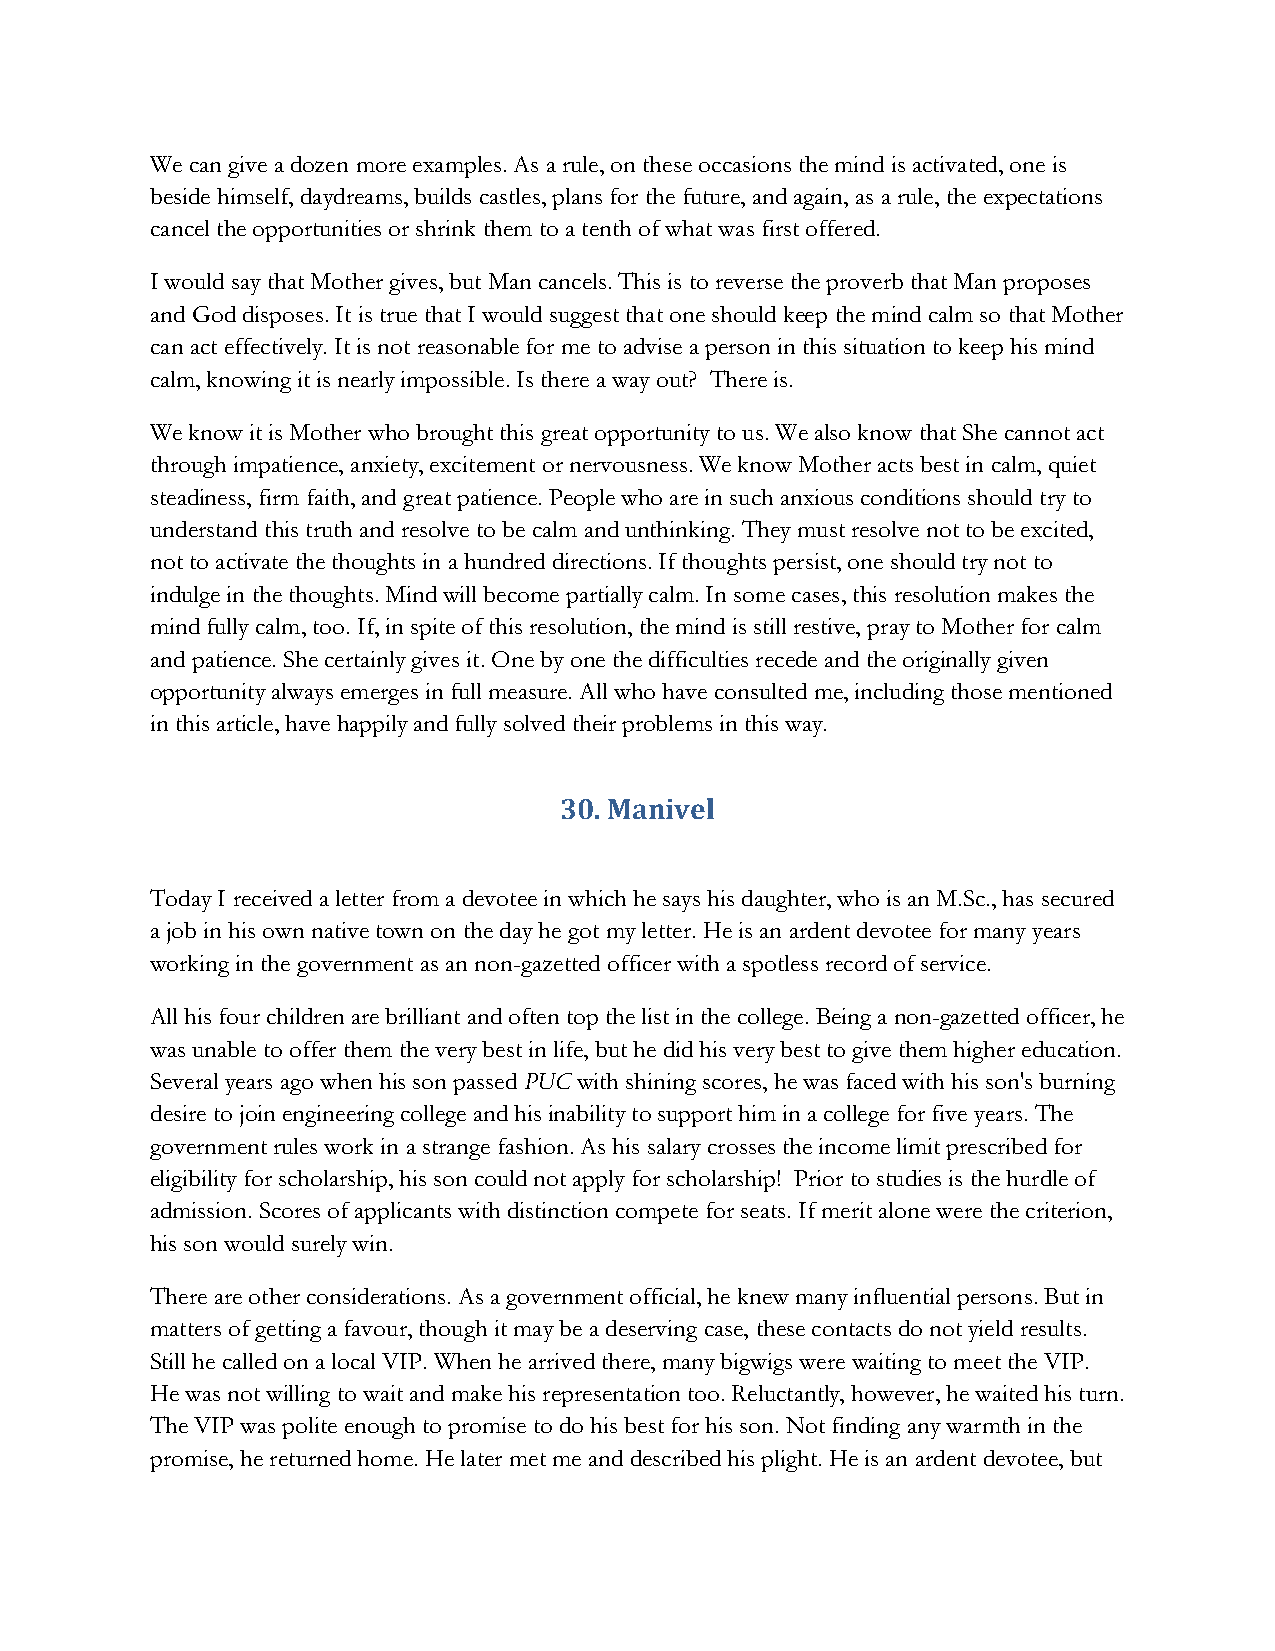
We can give a dozen more examples. As a rule, on these occasions the mind is activated, one is
 beside himself, daydreams, builds castles, plans for the future, and again, as a rule, the expectations
 cancel the opportunities or shrink them to a tenth of what was first offered.
 I would say that Mother gives, but Man cancels. This is to reverse the proverb that Man proposes
 and God disposes. It is true that I would suggest that one should keep the mind calm so that Mother
 can act effectively. It is not reasonable for me to advise a person in this situation to keep his mind
 calm, knowing it is nearly impossible. Is there a way out? There is.
 We know it is Mother who brought this great opportunity to us. We also know that She cannot act
 through impatience, anxiety, excitement or nervousness. We know Mother acts best in calm, quiet
 steadiness, firm faith, and great patience. People who are in such anxious conditions should try to
 understand this truth and resolve to be calm and unthinking. They must resolve not to be excited,
 not to activate the thoughts in a hundred directions. If thoughts persist, one should try not to
 indulge in the thoughts. Mind will become partially calm. In some cases, this resolution makes the
 mind fully calm, too. If, in spite of this resolution, the mind is still restive, pray to Mother for calm
 and patience. She certainly gives it. One by one the difficulties recede and the originally given
 opportunity always emerges in full measure. All who have consulted me, including those mentioned
 in this article, have happily and fully solved their problems in this way.
 30. Manivel
 Today I received a letter from a devotee in which he says his daughter, who is an M.Sc., has secured
 a job in his own native town on the day he got my letter. He is an ardent devotee for many years
 working in the government as an non-gazetted officer with a spotless record of service.
 All his four children are brilliant and often top the list in the college. Being a non-gazetted officer, he
 was unable to offer them the very best in life, but he did his very best to give them higher education.
 Several years ago when his son passed PUC with shining scores, he was faced with his son's burning
 desire to join engineering college and his inability to support him in a college for five years. The
 government rules work in a strange fashion. As his salary crosses the income limit prescribed for
 eligibility for scholarship, his son could not apply for scholarship! Prior to studies is the hurdle of
 admission. Scores of applicants with distinction compete for seats. If merit alone were the criterion,
 his son would surely win.
 There are other considerations. As a government official, he knew many influential persons. But in
 matters of getting a favour, though it may be a deserving case, these contacts do not yield results.
 Still he called on a local VIP. When he arrived there, many bigwigs were waiting to meet the VIP.
 He was not willing to wait and make his representation too. Reluctantly, however, he waited his turn.
 The VIP was polite enough to promise to do his best for his son. Not finding any warmth in the
 promise, he returned home. He later met me and described his plight. He is an ardent devotee, but